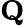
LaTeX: \mathrm{\mathbf Q}